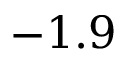
- 1 . 9